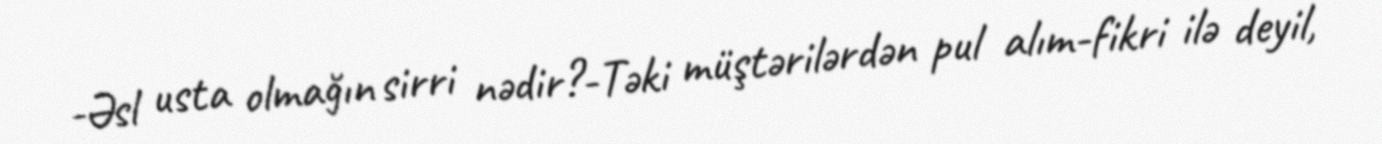
-Əsl usta olmağın sirri nədir?-Təki müştərilərdən pul alım-fikri ilə deyil,